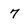
Character: 7